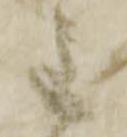
主